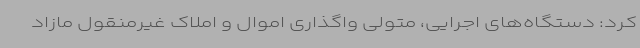
کرد: دستگاه‌های اجرایی، متولی واگذاری اموال و املاک غیرمنقول مازاد